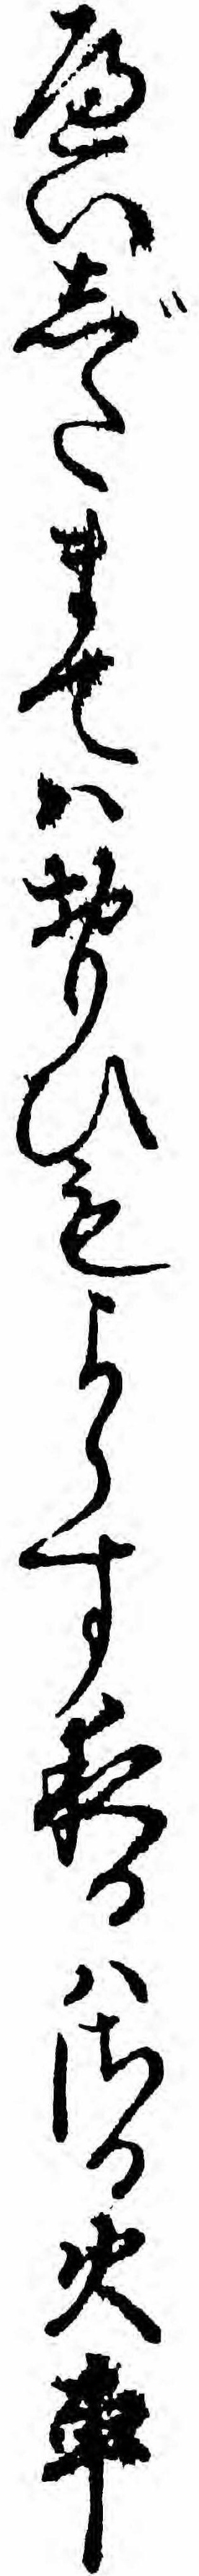
へいじたまてハおもひもよらす夜るハさる火車